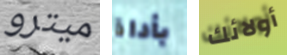
ميترو بأداة أولائك